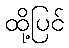
ထို့ပြင်